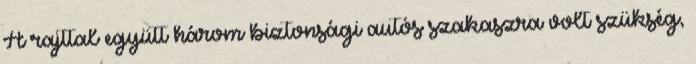
A rajttal együtt három biztonsági autós szakaszra volt szükség,